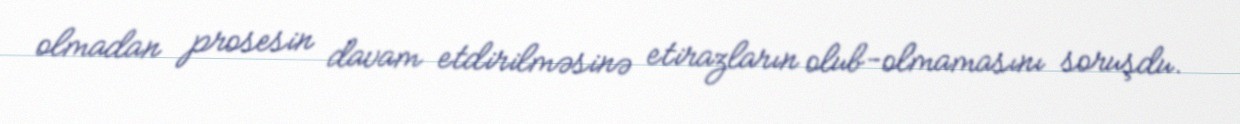
olmadan prosesin davam etdirilməsinə etirazların olub-olmamasını soruşdu.